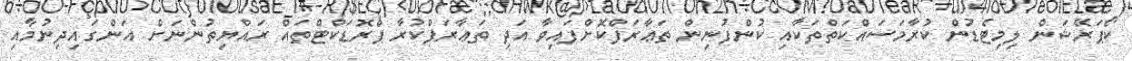
ކޯޕަރޭޝަން ލިމިޓެޑުން ކުރާމަސައްކަތްތަކާއި ކުންފުނިން ތަޢާރަފްކޮށްފައިވާ އަދި ތަޢާރަފްކުރާ ޕްރޮޑަކްޓްތައް ރައްޔިތުންނަށް އަންގައިދިނުމާއި